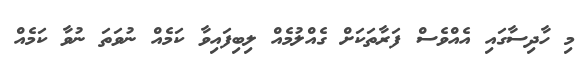
މި ހާދިސާގައި އެއްވެސް ފަރާތަކަށް ގެއްލުމެއް ލިބިފައިވާ ކަމެއް ނުވަތަ ނުވާ ކަމެއް